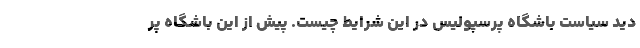
دید سیاست باشگاه پرسپولیس در این شرایط چیست. پیش از این باشگاه پر